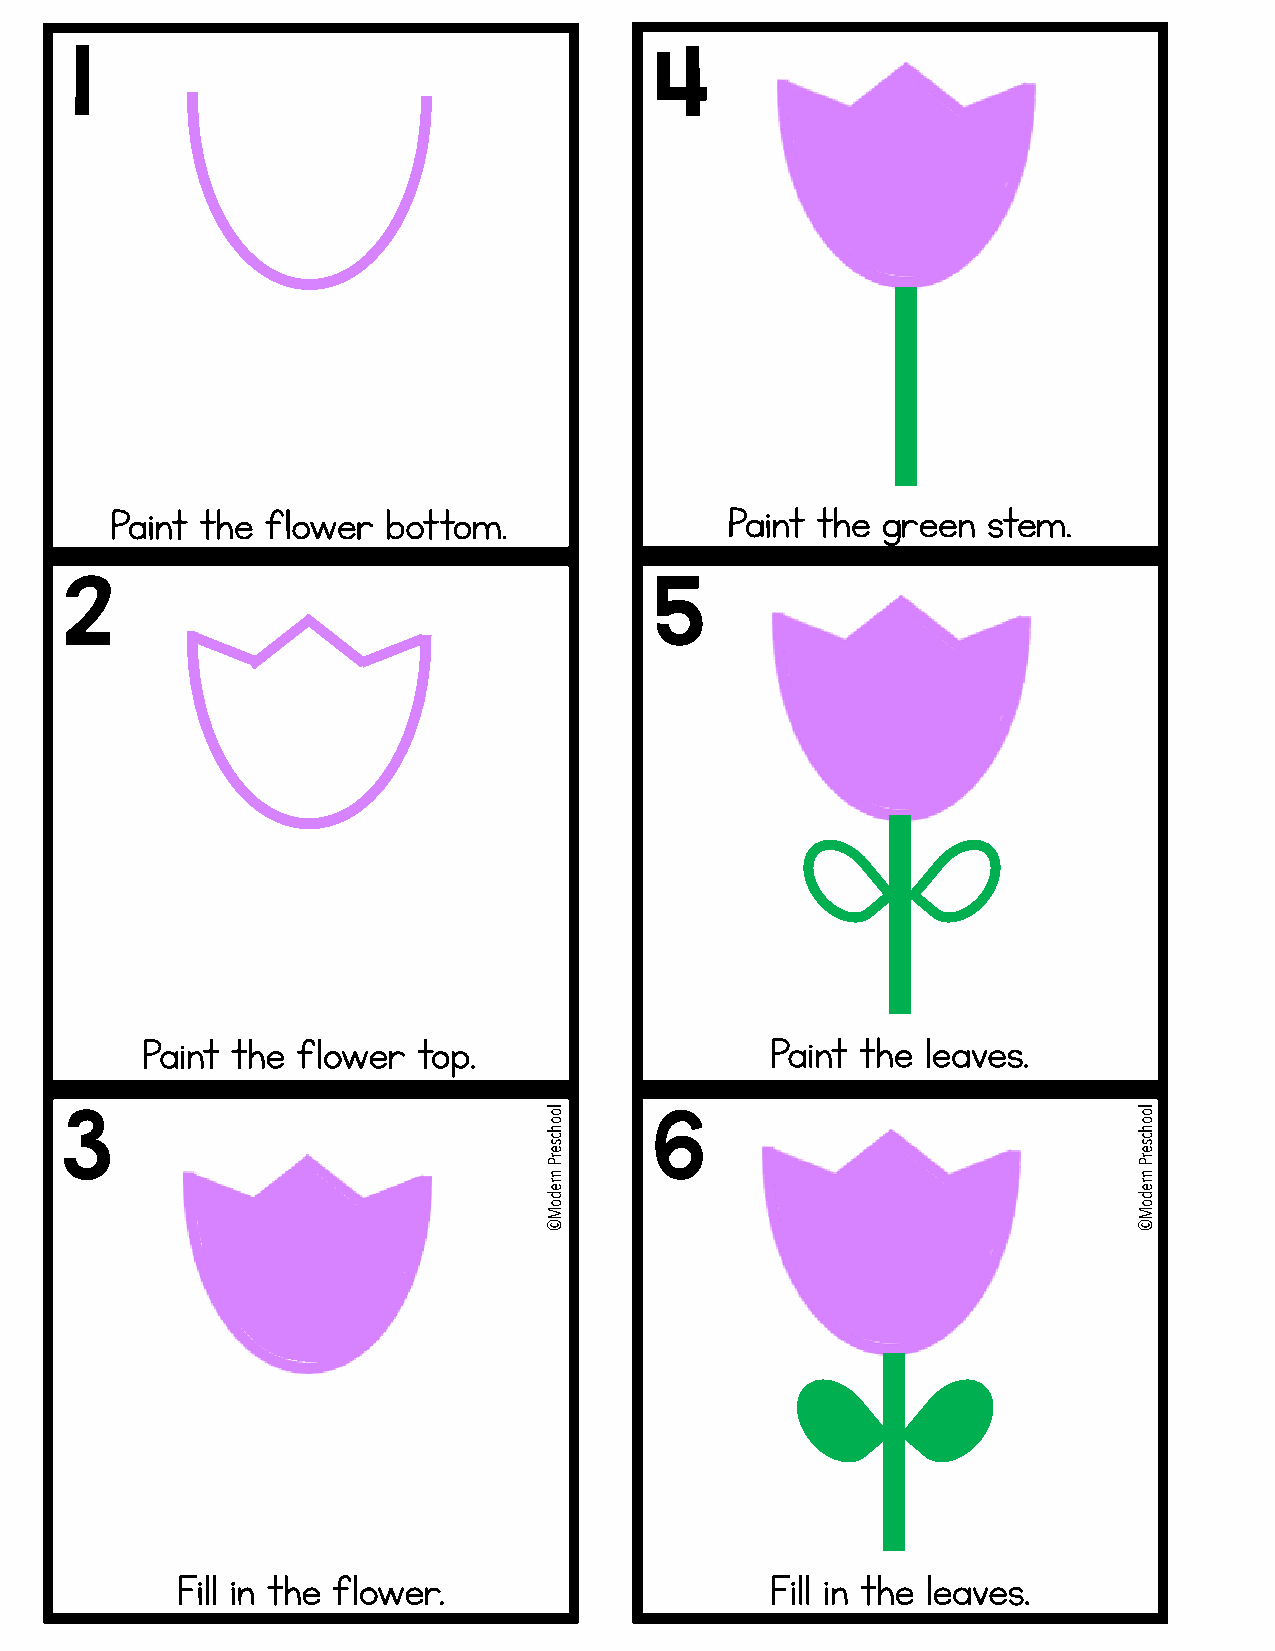
1                                     4
 Paint the  flower  bottom.               Paint the green  stem.
 2                                      5
 Paint the  flower  top.                   Paint the leaves.
 3                                      6
 Fill in the flower.                    Fill in the leaves.
 loohcserP
 nredoM©
 loohcserP
 nredoM©